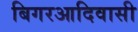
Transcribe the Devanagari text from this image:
बिगरआदिवासी